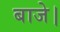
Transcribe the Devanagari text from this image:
बाजे।